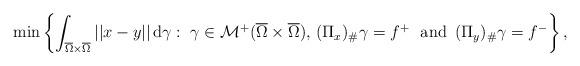
LaTeX: \begin{align*} \min\left\{\int_{ \overline{\Omega} \times \overline{\Omega}}||x-y||\,\mathrm{d}\gamma:\; \gamma \in \mathcal{M}^+(\overline{\Omega} \times \overline{\Omega}),\,(\Pi_x)_{\#} \gamma=f^+\,\,\mbox{ and}\,\,\,(\Pi_y)_{\#} \gamma=f^- \right\}, \end{align*}